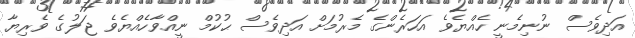
އަދިވެސް ނުނިމެނީ ހެއްޔެވެ އަހަރެންގެ މެރުމަށް އަދިވެސް ޙުކުމް ނީއްވާހެއްޔެވެ ޖަލުގެ ވެރިޔާ